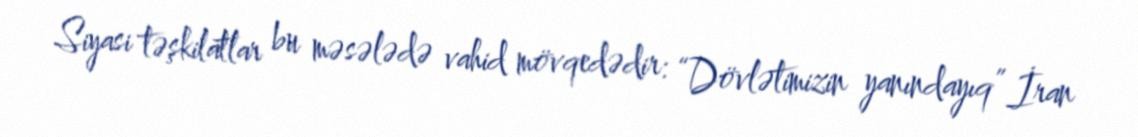
Siyasi təşkilatlar bu məsələdə vahid mövqedədir: “Dövlətimizin yanındayıq” İran